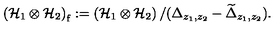
\left( { \cal H } _ { 1 } \otimes { \cal H } _ { 2 } \right) _ { \mathrm f } : = \left( { \cal H } _ { 1 } \otimes { \cal H } _ { 2 } \right) / ( \Delta _ { z _ { 1 } , z _ { 2 } } - \widetilde { \Delta } _ { z _ { 1 } , z _ { 2 } } ) .